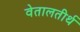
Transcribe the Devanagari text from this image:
वेतालतीर्थ